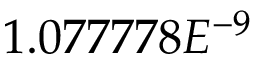
1 . 0 7 7 7 7 8 E ^ { - 9 }